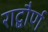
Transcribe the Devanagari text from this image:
राद्बौर्ण